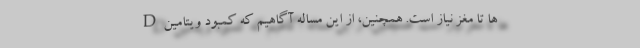
ها تا مغز نیاز است. همچنین، از این مساله آگاهیم که کمبود ویتامین D